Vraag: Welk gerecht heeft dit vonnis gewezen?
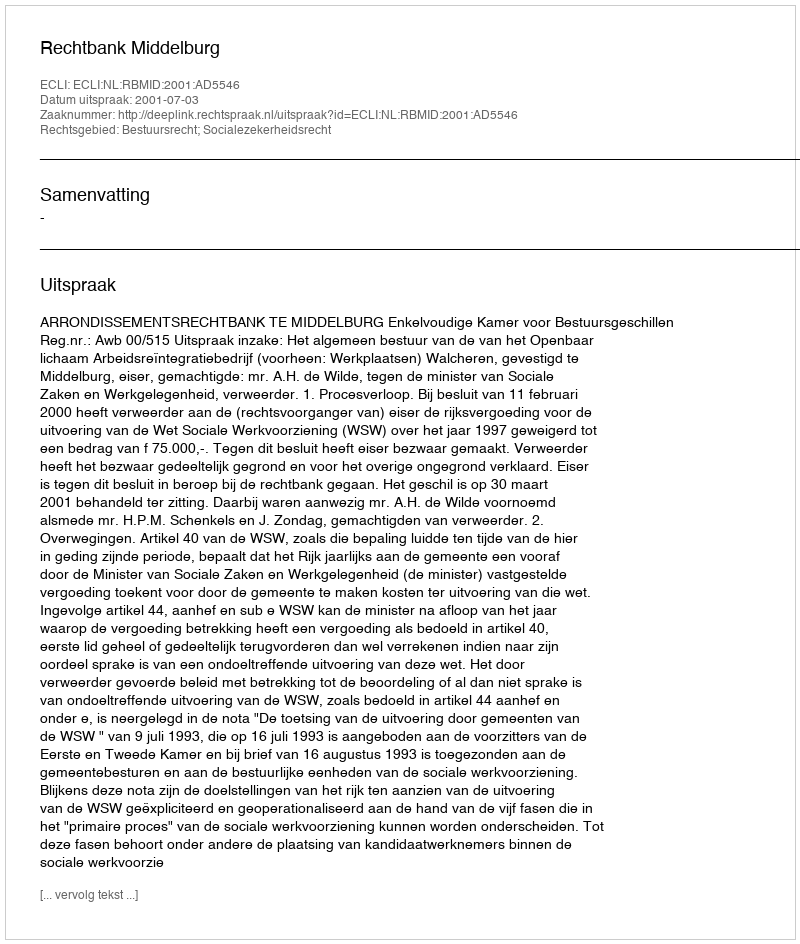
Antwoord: Rechtbank Middelburg